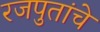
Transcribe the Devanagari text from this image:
रजपुतांचे